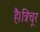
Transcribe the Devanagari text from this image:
है।त्रिचूर